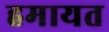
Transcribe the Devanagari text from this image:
हमायत